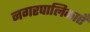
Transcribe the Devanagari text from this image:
नगरपालिकाएँ